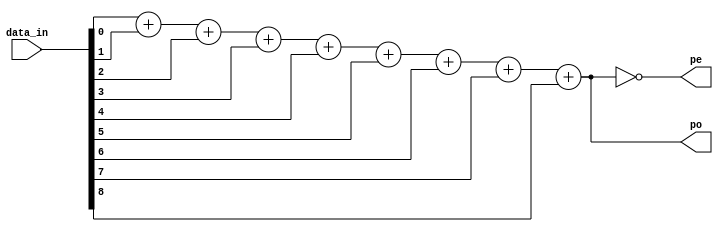
// Version:     1
/* Description: 9 bit parity checker, returns a parity even bit and a parity odd bit
                */
`timescale 1ns/100ps             
module hc280(data_in, pe, po);
    input [8:0] data_in;
    output pe, po;
    
    //add up each bit of data_in, then return the last bit to check for even vs odd
    
    //largest possible value of 9 bits added = 9, thus 4 bits required
    wire [3:0] sum;
    assign sum = data_in[0] + data_in[1] + data_in[2] + data_in[3] + data_in[4] + data_in[5] + data_in[6] + data_in[7] + data_in[8];
    
    assign po = sum[0];
    assign pe = ~sum[0];
    
    //17ns prop delay for pe, 20 ns for po
    specify
        (data_in *> pe) = (17); //17 time units. Timescale directive must specify 1ns to be one time unit (e.g. `timescale 1ns/100ps)
        (data_in *> po) = (20); //20ns typical propagation delay @ 25C and Vcc = 5V
    endspecify
endmodule